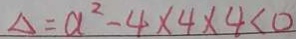
\Delta = a ^ { 2 } - 4 \times 4 < 0